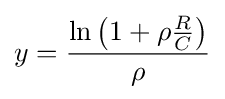
y={\frac {\ln \left(1+\rho {\frac {R}{C}}\right)}{\rho }}